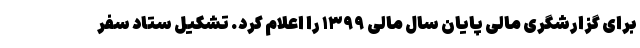
برای گزارشگری مالی پایان سال مالی ۱۳۹۹ را اعلام کرد. تشکیل ستاد سفر